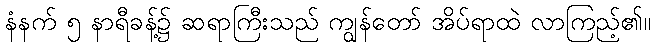
နံနက် ၅ နာရီခန့်၌ ဆရာကြီးသည် ကျွန်တော် အိပ်ရာထဲ လာကြည့်၏။